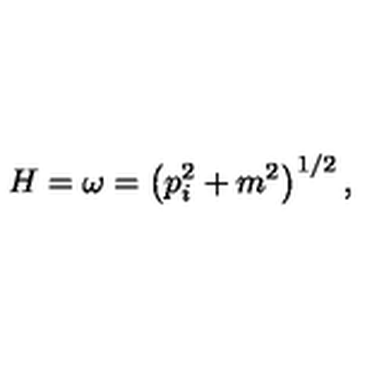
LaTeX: H = \omega = \left( { p } _ { i } ^ { 2 } + m ^ { 2 } \right) ^ { 1 / 2 } ,